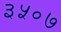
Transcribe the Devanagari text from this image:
३५०७